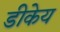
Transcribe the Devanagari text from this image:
डीकेय